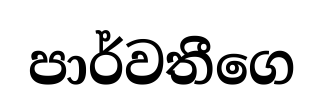
පාර්වතීගෙ